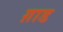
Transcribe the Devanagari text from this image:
ग़ाड